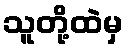
သူတို့ထဲမှ